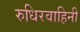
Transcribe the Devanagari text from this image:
रुधिरवाहिनी